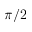
\pi / 2